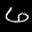
Label: 6